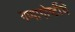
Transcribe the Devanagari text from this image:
गप्पागोष्टींचे